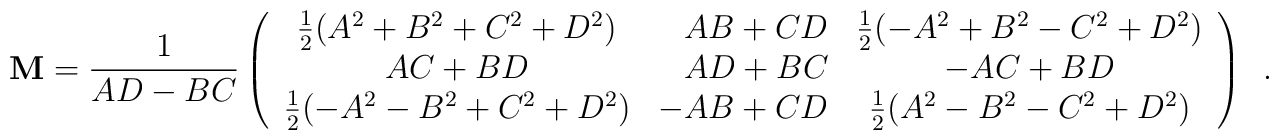
{\bf M}=\frac{1}{AD-BC}\left(\begin{array}{crc}\frac{1}{2}({A^2}+{B^2}+{C^2}+{D^2}) & AB+CD &\frac{1}{2}(-{A^2}+{B^2}-{C^2}+{D^2}) \\AC+BD & AD+BC & -AC+BD \\\frac{1}{2}(-{A^2}-{B^2}+{C^2}+{D^2}) & -AB+CD &\frac{1}{2}({A^2}-{B^2}-{C^2}+{D^2})\end{array}\right) \,\,\,.